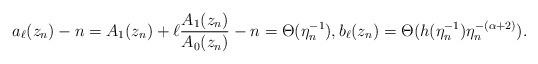
LaTeX: \begin{align*} a_\ell(z_n) - n = A_1(z_n) + \ell \frac{A_1(z_n)}{A_0(z_n)} - n = \Theta(\eta_n^{-1}), b_\ell(z_n) = \Theta(h(\eta_n^{-1}) \eta_n^{-(\alpha+2)}).\end{align*}